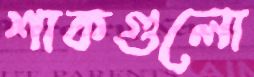
শাকগুলো